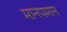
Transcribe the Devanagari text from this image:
मानपमान